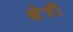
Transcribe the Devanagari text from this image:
क्षेत्रीं